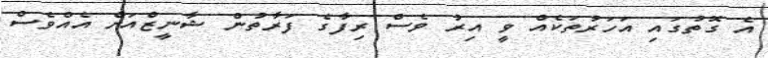
އެ ގޮތުގައި އަހަރުތަކެއް ވީ އިރު ވެސް ރިފާގެ ފަރާތުން ޝާނީޒްއަށް އެއްވެސް